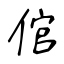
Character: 倌